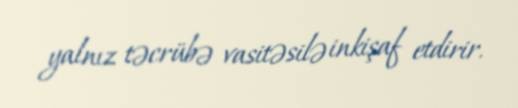
yalnız təcrübə vasitəsilə inkişaf etdirir.